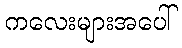
ကလေးများအပေါ်